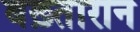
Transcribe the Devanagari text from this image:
बख़्तारान